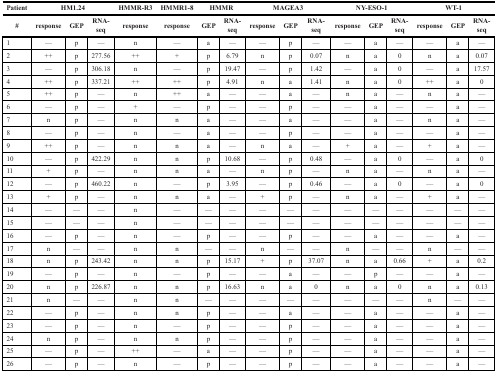
<table><thead><tr><td><b>Patient</b></td><td colspan="3"><b>HM1.24</b></td><td><b>HMMR-R3</b></td><td><b>HMMR1-8</b></td><td colspan="2"><b>HMMR</b></td><td colspan="3"><b>MAGEA3</b></td><td colspan="3"><b>NY-ESO-1</b></td><td colspan="3"><b>WT-1</b></td></tr><tr><td><b>#</b></td><td><b>response</b></td><td><b>GEP</b></td><td><b>RNA-seq</b></td><td><b>response</b></td><td><b>response</b></td><td><b>GEP</b></td><td><b>RNA-seq</b></td><td><b>response</b></td><td><b>GEP</b></td><td><b>RNA-seq</b></td><td><b>response</b></td><td><b>GEP</b></td><td><b>RNA-seq</b></td><td><b>response</b></td><td><b>GEP</b></td><td><b>RNA-seq</b></td></tr></thead><tbody><tr><td>1</td><td>—</td><td>p</td><td>—</td><td>n</td><td>—</td><td>a</td><td>—</td><td>—</td><td>p</td><td>—</td><td>—</td><td>a</td><td>—</td><td>—</td><td>a</td><td>—</td></tr><tr><td>2</td><td>++</td><td>p</td><td>277.56</td><td>++</td><td>+</td><td>p</td><td>6.79</td><td>n</td><td>p</td><td>0.07</td><td>n</td><td>a</td><td>0</td><td>n</td><td>a</td><td>0.07</td></tr><tr><td>3</td><td>—</td><td>p</td><td>306.18</td><td>n</td><td>—</td><td>p</td><td>19.47</td><td>—</td><td>p</td><td>1.42</td><td>—</td><td>a</td><td>0</td><td>—</td><td>a</td><td>17.57</td></tr><tr><td>4</td><td>++</td><td>p</td><td>337.21</td><td>++</td><td>++</td><td>p</td><td>4.91</td><td>n</td><td>a</td><td>1.41</td><td>n</td><td>a</td><td>0</td><td>++</td><td>a</td><td>0</td></tr><tr><td>5</td><td>++</td><td>p</td><td>—</td><td>n</td><td>++</td><td>a</td><td>—</td><td>—</td><td>a</td><td>—</td><td>n</td><td>a</td><td>—</td><td>n</td><td>a</td><td>—</td></tr><tr><td>6</td><td>—</td><td>p</td><td>—</td><td>+</td><td>—</td><td>p</td><td>—</td><td>—</td><td>p</td><td>—</td><td>—</td><td>a</td><td>—</td><td>—</td><td>a</td><td>—</td></tr><tr><td>7</td><td>n</td><td>p</td><td>—</td><td>n</td><td>n</td><td>a</td><td>—</td><td>—</td><td>a</td><td>—</td><td>—</td><td>a</td><td>—</td><td>n</td><td>a</td><td>—</td></tr><tr><td>8</td><td>—</td><td>p</td><td>—</td><td>n</td><td>—</td><td>a</td><td>—</td><td>—</td><td>p</td><td>—</td><td>—</td><td>a</td><td>—</td><td>—</td><td>a</td><td>—</td></tr><tr><td>9</td><td>++</td><td>p</td><td>—</td><td>n</td><td>n</td><td>a</td><td>—</td><td>n</td><td>a</td><td>—</td><td>+</td><td>a</td><td>—</td><td>+</td><td>a</td><td>—</td></tr><tr><td>10</td><td>—</td><td>p</td><td>422.29</td><td>n</td><td>n</td><td>p</td><td>10.68</td><td>—</td><td>p</td><td>0.48</td><td>—</td><td>a</td><td>0</td><td>—</td><td>a</td><td>0</td></tr><tr><td>11</td><td>+</td><td>p</td><td>—</td><td>n</td><td>n</td><td>a</td><td>—</td><td>n</td><td>p</td><td>—</td><td>n</td><td>a</td><td>—</td><td>n</td><td>a</td><td>—</td></tr><tr><td>12</td><td>—</td><td>p</td><td>460.22</td><td>n</td><td>—</td><td>p</td><td>3.95</td><td>—</td><td>p</td><td>0.46</td><td>—</td><td>a</td><td>0</td><td>—</td><td>a</td><td>0</td></tr><tr><td>13</td><td>+</td><td>p</td><td>—</td><td>n</td><td>n</td><td>a</td><td>—</td><td>+</td><td>p</td><td>—</td><td>n</td><td>a</td><td>—</td><td>+</td><td>a</td><td>—</td></tr><tr><td>14</td><td>—</td><td>—</td><td>—</td><td>n</td><td>—</td><td>—</td><td>—</td><td>—</td><td>—</td><td>—</td><td>—</td><td>—</td><td>—</td><td>—</td><td>—</td><td>—</td></tr><tr><td>15</td><td>—</td><td>—</td><td>—</td><td>n</td><td>—</td><td>—</td><td>—</td><td>—</td><td>—</td><td>—</td><td>—</td><td>—</td><td>—</td><td>—</td><td>—</td><td>—</td></tr><tr><td>16</td><td>—</td><td>p</td><td>—</td><td>n</td><td>—</td><td>p</td><td>—</td><td>—</td><td>p</td><td>—</td><td>—</td><td>a</td><td>—</td><td>—</td><td>a</td><td>—</td></tr><tr><td>17</td><td>n</td><td>—</td><td>—</td><td>n</td><td>n</td><td>—</td><td>—</td><td>n</td><td>—</td><td>—</td><td>n</td><td>—</td><td>—</td><td>n</td><td>—</td><td>—</td></tr><tr><td>18</td><td>n</td><td>p</td><td>243.42</td><td>n</td><td>n</td><td>p</td><td>15.17</td><td>+</td><td>p</td><td>37.07</td><td>n</td><td>a</td><td>0.66</td><td>+</td><td>a</td><td>0.2</td></tr><tr><td>19</td><td>—</td><td>p</td><td>—</td><td>n</td><td>—</td><td>p</td><td>—</td><td>—</td><td>a</td><td>—</td><td>—</td><td>p</td><td>—</td><td>—</td><td>a</td><td>—</td></tr><tr><td>20</td><td>n</td><td>p</td><td>226.87</td><td>n</td><td>n</td><td>p</td><td>16.63</td><td>n</td><td>a</td><td>0</td><td>n</td><td>a</td><td>0</td><td>n</td><td>a</td><td>0.13</td></tr><tr><td>21</td><td>n</td><td>—</td><td>—</td><td>n</td><td>n</td><td>—</td><td>—</td><td>—</td><td>—</td><td>—</td><td>—</td><td>—</td><td>—</td><td>n</td><td>—</td><td>—</td></tr><tr><td>22</td><td>—</td><td>p</td><td>—</td><td>n</td><td>n</td><td>p</td><td>—</td><td>—</td><td>a</td><td>—</td><td>—</td><td>a</td><td>—</td><td>—</td><td>a</td><td>—</td></tr><tr><td>23</td><td>—</td><td>p</td><td>—</td><td>n</td><td>—</td><td>p</td><td>—</td><td>—</td><td>p</td><td>—</td><td>—</td><td>a</td><td>—</td><td>—</td><td>a</td><td>—</td></tr><tr><td>24</td><td>n</td><td>p</td><td>—</td><td>n</td><td>n</td><td>p</td><td>—</td><td>—</td><td>p</td><td>—</td><td>—</td><td>a</td><td>—</td><td>—</td><td>a</td><td>—</td></tr><tr><td>25</td><td>—</td><td>p</td><td>—</td><td>++</td><td>—</td><td>a</td><td>—</td><td>—</td><td>p</td><td>—</td><td>—</td><td>a</td><td>—</td><td>—</td><td>a</td><td>—</td></tr><tr><td>26</td><td>—</td><td>p</td><td>—</td><td>n</td><td>—</td><td>p</td><td>—</td><td>—</td><td>p</td><td>—</td><td>—</td><td>a</td><td>—</td><td>—</td><td>a</td><td>—</td></tr></tbody></table>